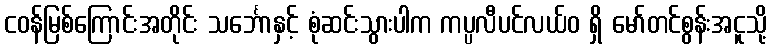
ငဝန်မြစ်ကြောင်းအတိုင်း သင်္ဘောနှင့် စုံဆင်းသွားပါက ကပ္ပလီပင်လယ်ဝ ရှိ မော်တင်စွန်းအငူသို့